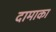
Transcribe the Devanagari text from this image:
दामाका